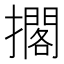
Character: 擱